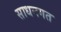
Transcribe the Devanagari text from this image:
साधनगत